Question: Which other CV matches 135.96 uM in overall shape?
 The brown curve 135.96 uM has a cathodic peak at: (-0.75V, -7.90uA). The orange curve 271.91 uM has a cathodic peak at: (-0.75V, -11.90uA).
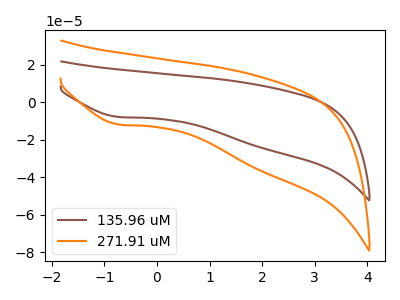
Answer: <think>All the peaks in "135.96 uM" have a peak in "271.91 uM" at the same potential. Every peak in "135.96 uM" is lower than every peak in "271.91 uM".
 </think>
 <answer>The CV with the most similar shape to "271.91 uM" is "135.96 uM".</answer>
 <eval>"135.96 uM"</eval>